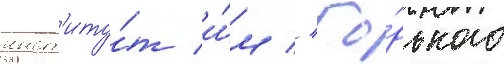
инст'иту́т и́м // Го́рького